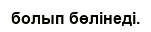
болып бөлінеді.